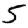
Digit: 5